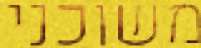
משוכני